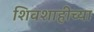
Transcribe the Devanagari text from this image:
शिवशाहीच्या